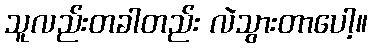
သူလည်းတခါတည်း လဲသွားတာပေါ့။